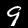
Label: 9